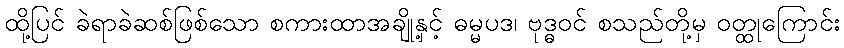
ထို့ပြင် ခဲရာခဲဆစ်ဖြစ်သော စကားထာအချို့နှင့် ဓမ္မပဒ၊ ဗုဒ္ဓဝင် စသည်တို့မှ ဝတ္ထုကြောင်း